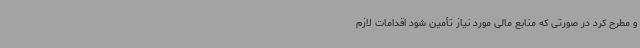
و مطرح کرد در صورتی که منابع مالی مورد نیاز تأمین شود اقدامات لازم